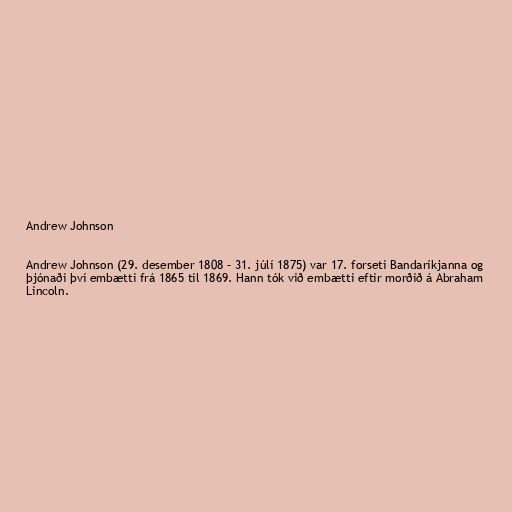
Andrew Johnson

Andrew Johnson (29. desember 1808 – 31. júlí 1875) var 17. forseti Bandaríkjanna og
þjónaði því embætti frá 1865 til 1869. Hann tók við embætti eftir morðið á Abraham
Lincoln.